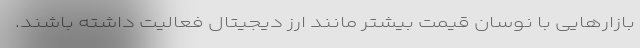
بازارهایی با نوسان قیمت بیشتر مانند ارز دیجیتال فعالیت داشته باشند.